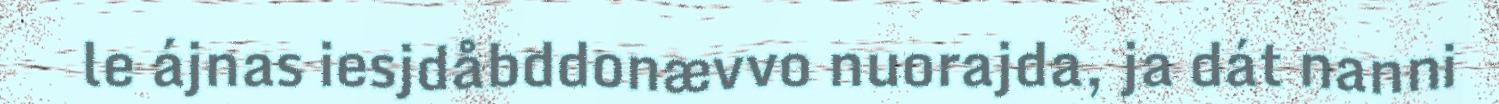
le ájnas iesjdåbddonævvo nuorajda, ja dát nanni